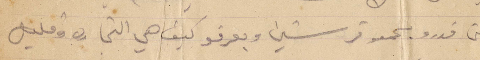
حتى قدرو يجمعو قرشين وبعرفو كيف هي التجارة وقليل